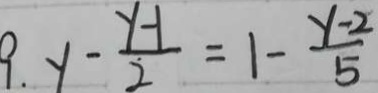
9 . y - \frac { y - 1 } { 2 } = 1 - \frac { y - 2 } { 5 }